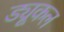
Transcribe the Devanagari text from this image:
ड्यूकल